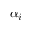
\alpha _ { i }